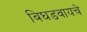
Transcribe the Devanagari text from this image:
बिघडवायचे